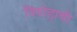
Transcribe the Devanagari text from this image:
विदोहाची